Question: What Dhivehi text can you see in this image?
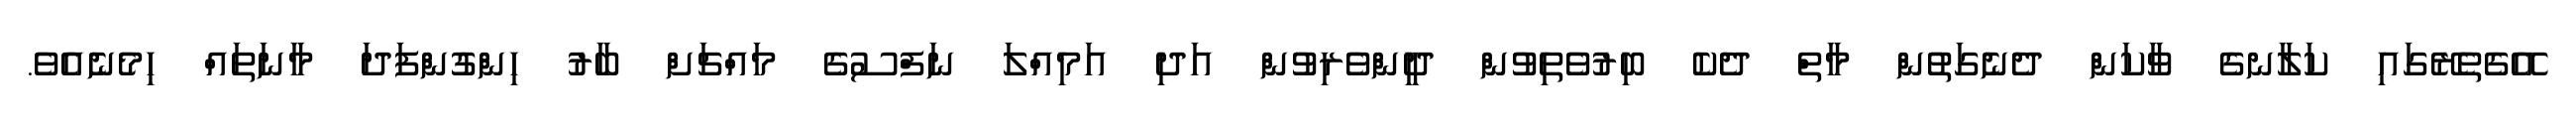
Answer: އޭގެތެރޭގައި ކަލާނގެ ވާކަން ދެނެގަތުން މާތް ދެކެ ބިރުވެތިވުން ދީންވެރިވުން އަދި އަމިއްލަ ނަފްސުގެ މައްޗަށް ބާރު ހިންގުންފަދަ މާނަތައް ހިމެނެއެވެ.